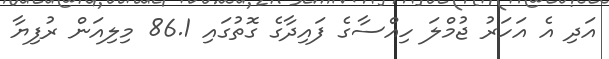
އަދި އެ އަހަރު ޖުމްލަ ހިއްސާގެ ފައިދާގެ ގޮތުގައި 86.1 މިލިއަން ރުފިޔާ